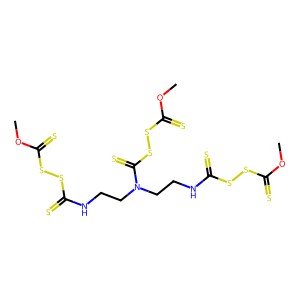
SMILES: COC(=S)SSC(=S)NCCN(CCNC(=S)SSC(=S)OC)C(=S)SSC(=S)OC
Inhibits HIV replication: Yes